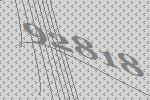
92818